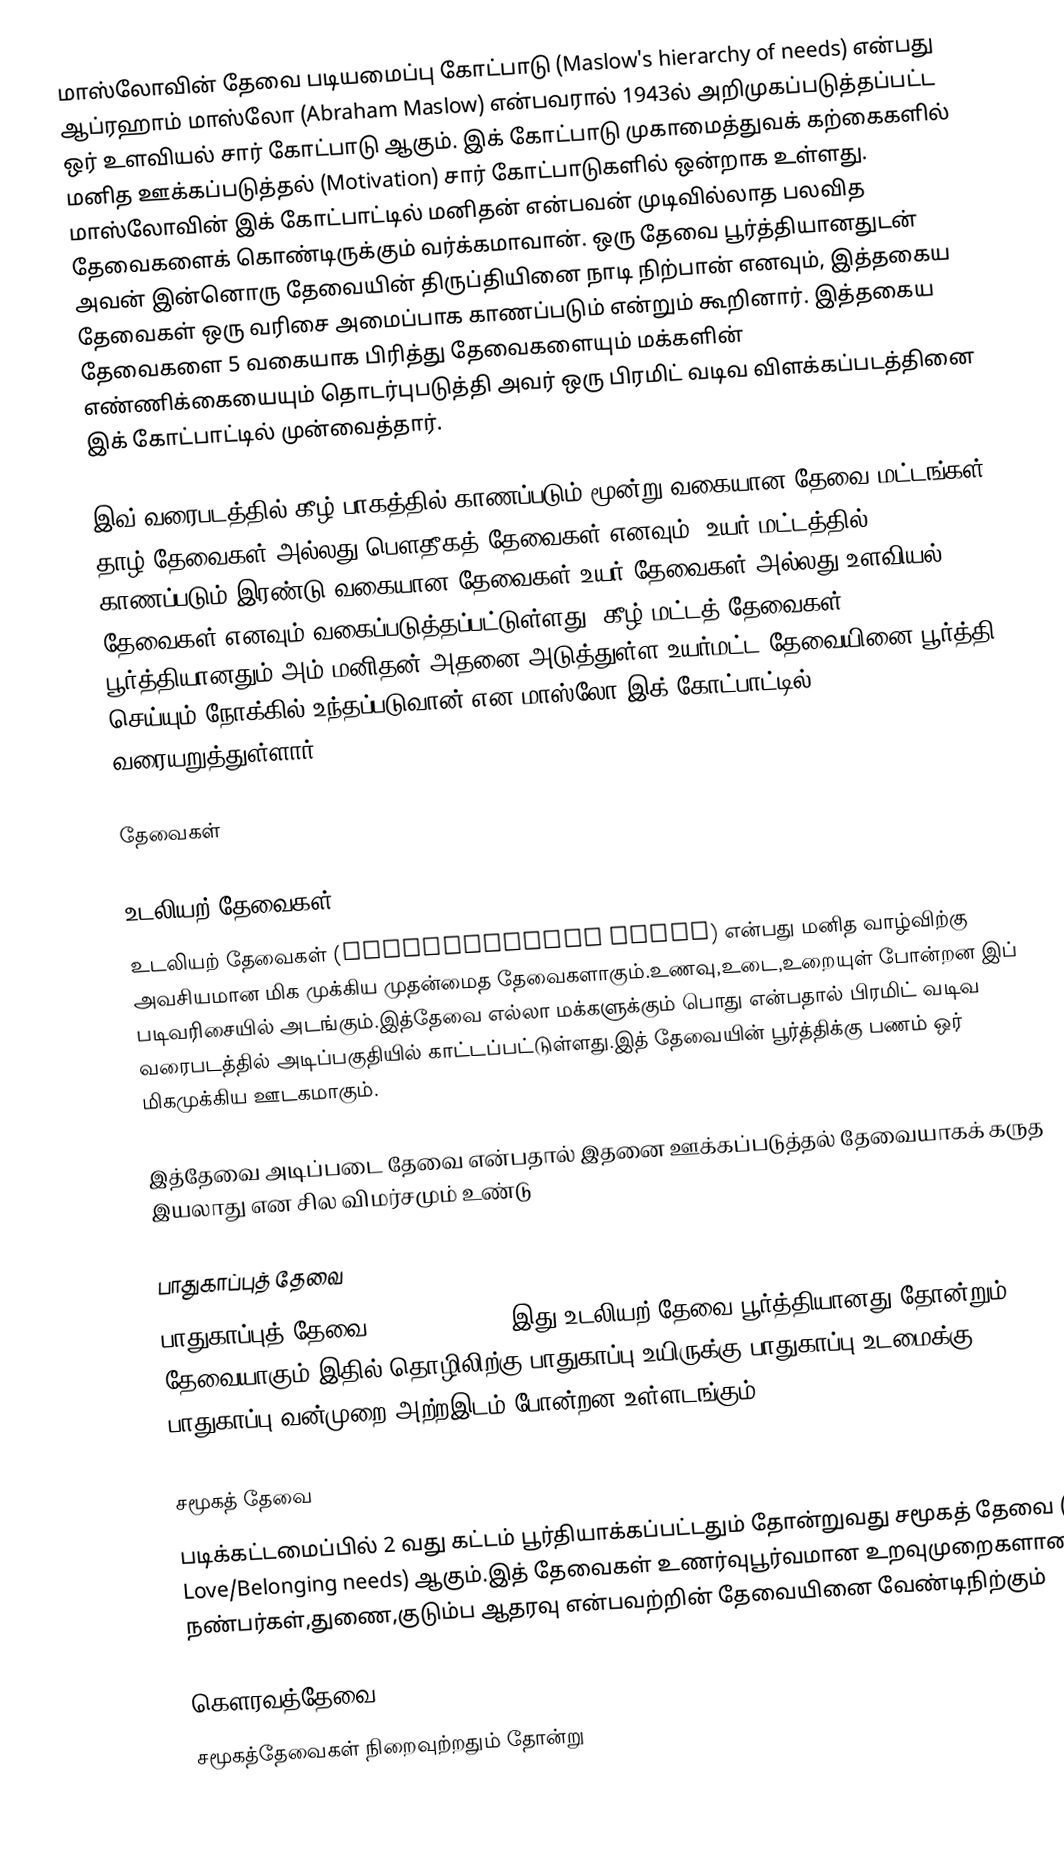
மாஸ்லோவின் தேவை படியமைப்பு கோட்பாடு (Maslow's hierarchy of needs) என்பது ஆப்ரஹாம் மாஸ்லோ (Abraham Maslow) என்பவரால் 1943ல் அறிமுகப்படுத்தப்பட்ட ஒர் உளவியல் சார் கோட்பாடு ஆகும். இக் கோட்பாடு முகாமைத்துவக் கற்கைகளில் மனித ஊக்கப்படுத்தல் (Motivation) சார் கோட்பாடுகளில் ஒன்றாக உள்ளது. மாஸ்லோவின் இக் கோட்பாட்டில் மனிதன் என்பவன் முடிவில்லாத பலவித தேவைகளைக் கொண்டிருக்கும் வர்க்கமாவான். ஒரு தேவை பூர்த்தியானதுடன் அவன் இன்னொரு தேவையின் திருப்தியினை நாடி நிற்பான் எனவும், இத்தகைய தேவைகள் ஒரு வரிசை அமைப்பாக காணப்படும் என்றும் கூறினார். இத்தகைய தேவைகளை 5 வகையாக பிரித்து தேவைகளையும் மக்களின் எண்ணிக்கையையும் தொடர்புபடுத்தி அவர் ஒரு பிரமிட் வடிவ விளக்கப்படத்தினை இக் கோட்பாட்டில் முன்வைத்தார்.

இவ் வரைபடத்தில் கீழ் பாகத்தில் காணப்படும் மூன்று வகையான தேவை மட்டங்கள் தாழ் தேவைகள் அல்லது பௌதீகத் தேவைகள் எனவும், உயர் மட்டத்தில் காணப்படும் இரண்டு வகையான தேவைகள் உயர் தேவைகள் அல்லது உளவியல் தேவைகள் எனவும் வகைப்படுத்தப்பட்டுள்ளது. கீழ் மட்டத் தேவைகள் பூர்த்தியானதும் அம் மனிதன் அதனை அடுத்துள்ள உயர்மட்ட தேவையினை பூர்த்தி செய்யும் நோக்கில் உந்தப்படுவான் என மாஸ்லோ இக் கோட்பாட்டில் வரையறுத்துள்ளார்.

தேவைகள்

உடலியற் தேவைகள்
உடலியற் தேவைகள் (Physiological needs) என்பது மனித வாழ்விற்கு அவசியமான மிக முக்கிய முதன்மைத தேவைகளாகும்.உணவு,உடை,உறையுள் போன்றன இப் படிவரிசையில் அடங்கும்.இத்தேவை எல்லா மக்களுக்கும் பொது என்பதால் பிரமிட் வடிவ வரைபடத்தில் அடிப்பகுதியில் காட்டப்பட்டுள்ளது.இத் தேவையின் பூர்த்திக்கு பணம் ஒர் மிகமுக்கிய ஊடகமாகும்.

இத்தேவை அடிப்படை தேவை என்பதால் இதனை ஊக்கப்படுத்தல் தேவையாகக் கருத இயலாது என சில விமர்சமும் உண்டு

பாதுகாப்புத் தேவை
பாதுகாப்புத் தேவை (Safety needs) இது உடலியற் தேவை பூர்த்தியானது தோன்றும் தேவையாகும்.இதில் தொழிலிற்கு பாதுகாப்பு,உயிருக்கு பாதுகாப்பு,உடமைக்கு பாதுகாப்பு,வன்முறை அற்றஇடம் போன்றன உள்ளடங்கும்.

சமூகத் தேவை
படிக்கட்டமைப்பில் 2 வது கட்டம் பூர்தியாக்கப்பட்டதும் தோன்றுவது சமூகத் தேவை ( Love/Belonging needs) ஆகும்.இத் தேவைகள் உணர்வுபூர்வமான உறவுமுறைகளான நண்பர்கள்,துணை,குடும்ப ஆதரவு என்பவற்றின் தேவையினை வேண்டிநிற்கும்

கௌரவத்தேவை
சமூகத்தேவைகள் நிறைவுற்றதும் தோன்று